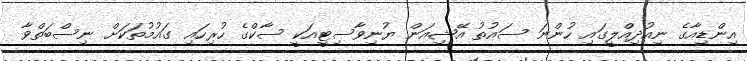
އިންޑިއާގެ ނިއުދިއްލީގައި ހުންނަ ސައުތު އޭޝިއަން ޔުނިވާސިޓީއަކީ ސާކްގެ ހުރިހައި ގައުމުތަކަށް ނިސްބަތްވާ